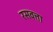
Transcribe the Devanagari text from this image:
रसवत्ता